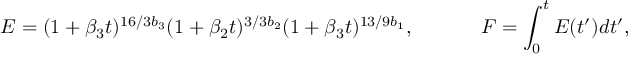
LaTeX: E = ( 1 + \beta _ { 3 } t ) ^ { 1 6 / 3 b _ { 3 } } ( 1 + \beta _ { 2 } t ) ^ { 3 / 3 b _ { 2 } } ( 1 + \beta _ { 3 } t ) ^ { 1 3 / 9 b _ { 1 } } , \; \; \; \; \; \; \; \; \; \; \; \; F = \int _ { 0 } ^ { t } E ( t ^ { \prime } ) d t ^ { \prime } ,